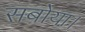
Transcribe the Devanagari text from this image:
सबोया।